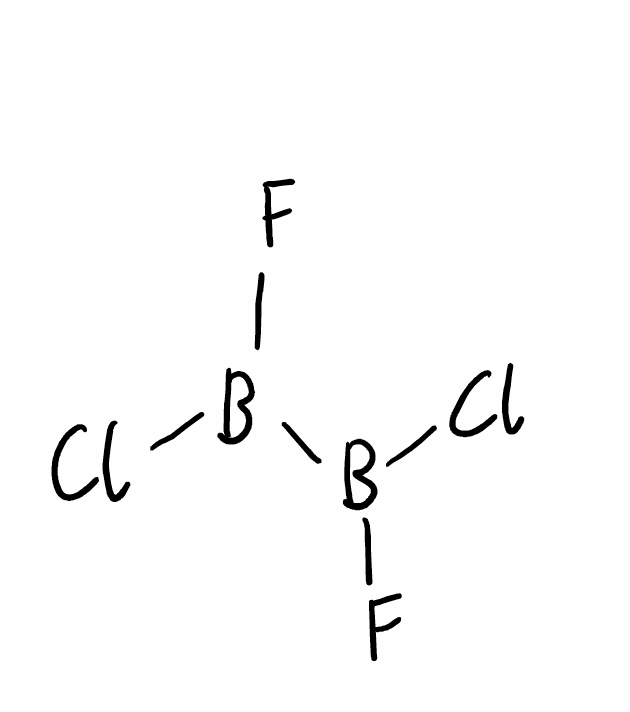
Simplified molecular-input line-entry system (SMILES) notation of the given molecule:
B(B(F)Cl)(F)Cl